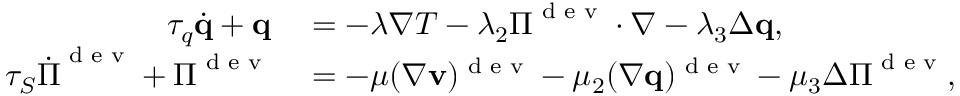
\begin{array} { r l } { \tau _ { q } \dot { \mathbf q } + \mathbf q } & { { } = - \lambda \nabla T - \lambda _ { 2 } \boldsymbol \Pi ^ { \textrm { d e v } } \cdot \nabla - \lambda _ { 3 } \Delta \mathbf q , } \\ { \tau _ { S } \dot { \boldsymbol \Pi } ^ { \textrm { d e v } } + \boldsymbol \Pi ^ { \textrm { d e v } } } & { { } = - \mu ( \nabla \mathbf v ) ^ { \textrm { d e v } } - \mu _ { 2 } ( \nabla \mathbf q ) ^ { \textrm { d e v } } - \mu _ { 3 } \Delta \boldsymbol \Pi ^ { \textrm { d e v } } , } \end{array}